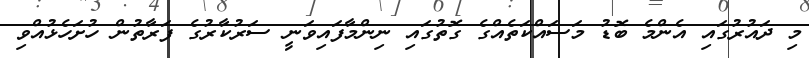
މި ދައުރުގައި އެންމެ ބޮޑު މަސައްކަތެއްގެ ގޮތުގައި ނިންމާފައިވަނީ ސަރުކާރުގެ ފަރާތުން ހުށަހެޅުއްވި